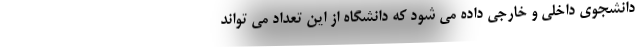
دانشجوی داخلی و خارجی داده می شود که دانشگاه از این تعداد می تواند